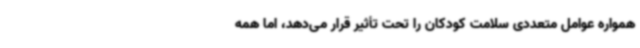
همواره عوامل متعددی سلامت کودکان را تحت تأثیر قرار می‌دهد، اما همه